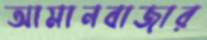
আমানবাজার